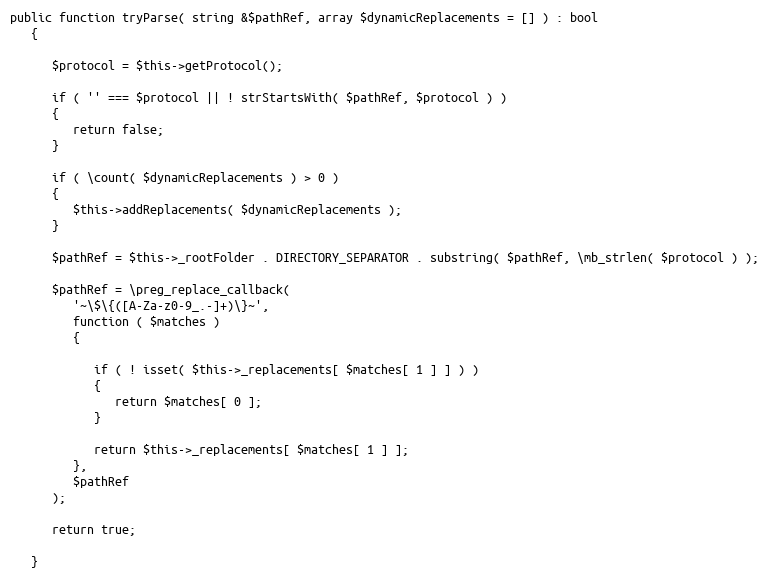
Language: PHP
public function tryParse( string &$pathRef, array $dynamicReplacements = [] ) : bool
   {

      $protocol = $this->getProtocol();

      if ( '' === $protocol || ! strStartsWith( $pathRef, $protocol ) )
      {
         return false;
      }

      if ( \count( $dynamicReplacements ) > 0 )
      {
         $this->addReplacements( $dynamicReplacements );
      }

      $pathRef = $this->_rootFolder . DIRECTORY_SEPARATOR . substring( $pathRef, \mb_strlen( $protocol ) );

      $pathRef = \preg_replace_callback(
         '~\$\{([A-Za-z0-9_.-]+)\}~',
         function ( $matches )
         {

            if ( ! isset( $this->_replacements[ $matches[ 1 ] ] ) )
            {
               return $matches[ 0 ];
            }

            return $this->_replacements[ $matches[ 1 ] ];
         },
         $pathRef
      );

      return true;

   }